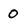
Character: 0